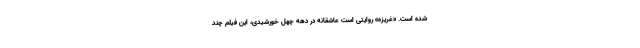
شده است. «غریزه» روایتی است عاشقانه در دهه چهل خورشیدی، این فیلم چند